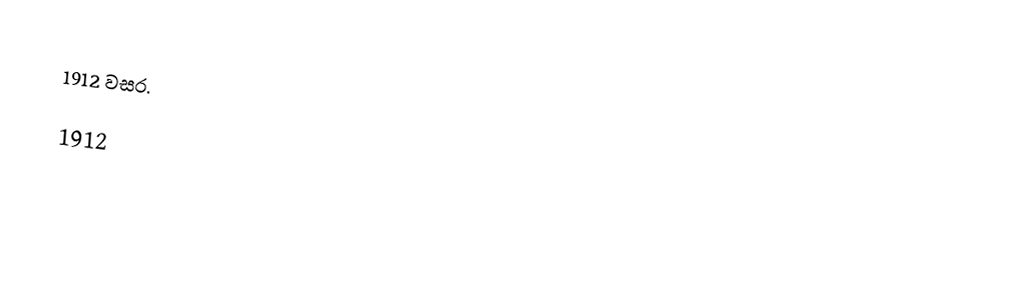
1912 වසර.

1912